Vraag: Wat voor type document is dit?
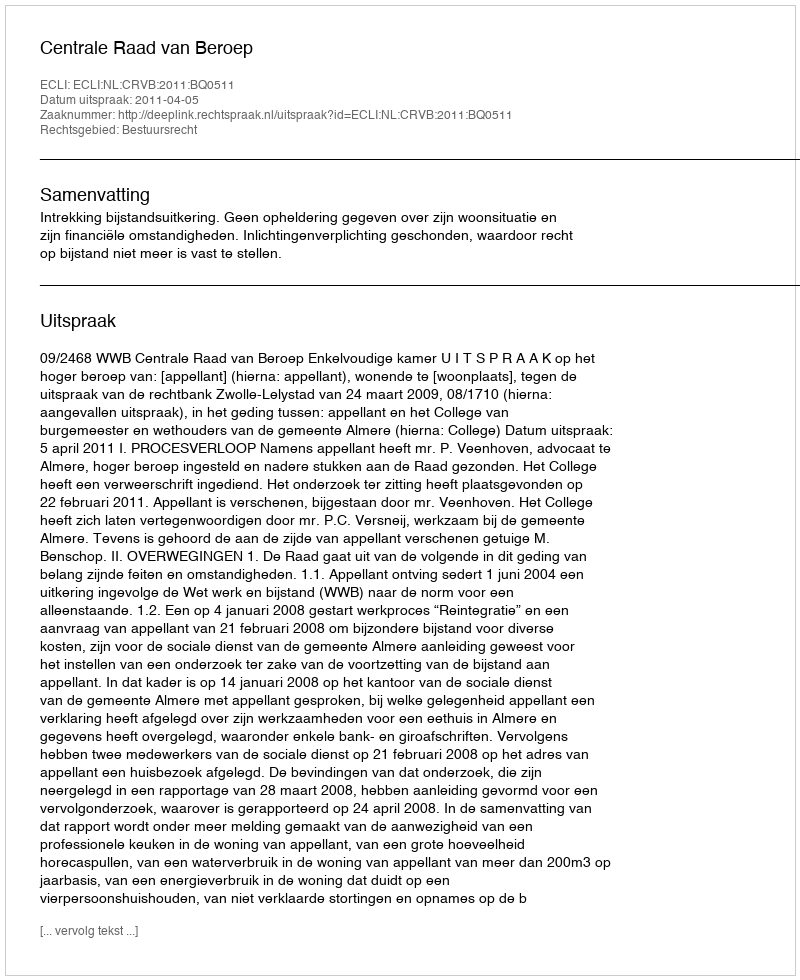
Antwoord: Uitspraak